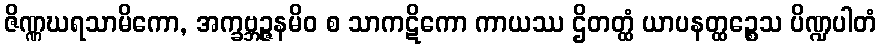
ဇိဏ္ဏဃရသာမိကော, အက္ခဗ္ဘဉ္ဇနမိဝ စ သာကဋိကော ကာယဿ ဌိတတ္ထံ ယာပနတ္ထဉ္စေသ ပိဏ္ဍပါတံ